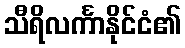
သီရိလင်္ကာနိုင်ငံ၏